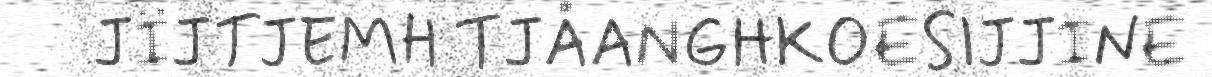
JÏJTJEMH TJÅANGHKOESIJJINE